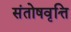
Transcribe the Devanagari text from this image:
संतोषवृत्ति